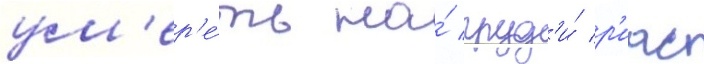
ум'ер'е́ть на́ груд'и́ р'иас